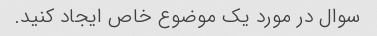
سوال در مورد یک موضوع خاص ایجاد کنید.